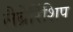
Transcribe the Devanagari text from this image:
लैब्रेरिंशिप